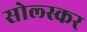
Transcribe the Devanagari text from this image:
सोल्स्कर